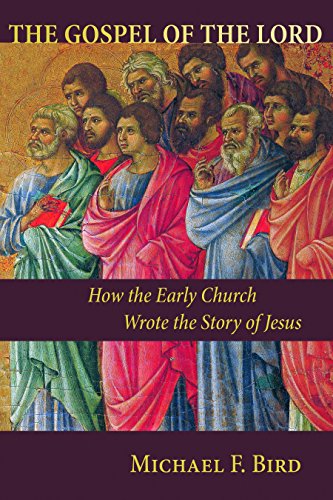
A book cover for The Gospel of the Lord: How the Early Church Wrote the Story of Jesus; Michael F. Bird; Christian Books & Bibles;